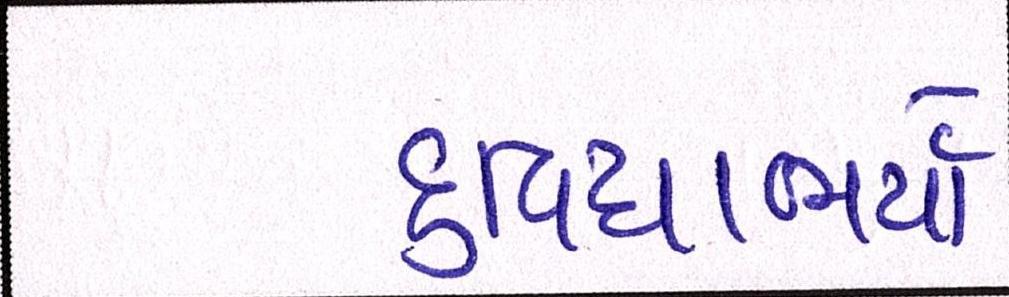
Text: દુવિધાભર્યા